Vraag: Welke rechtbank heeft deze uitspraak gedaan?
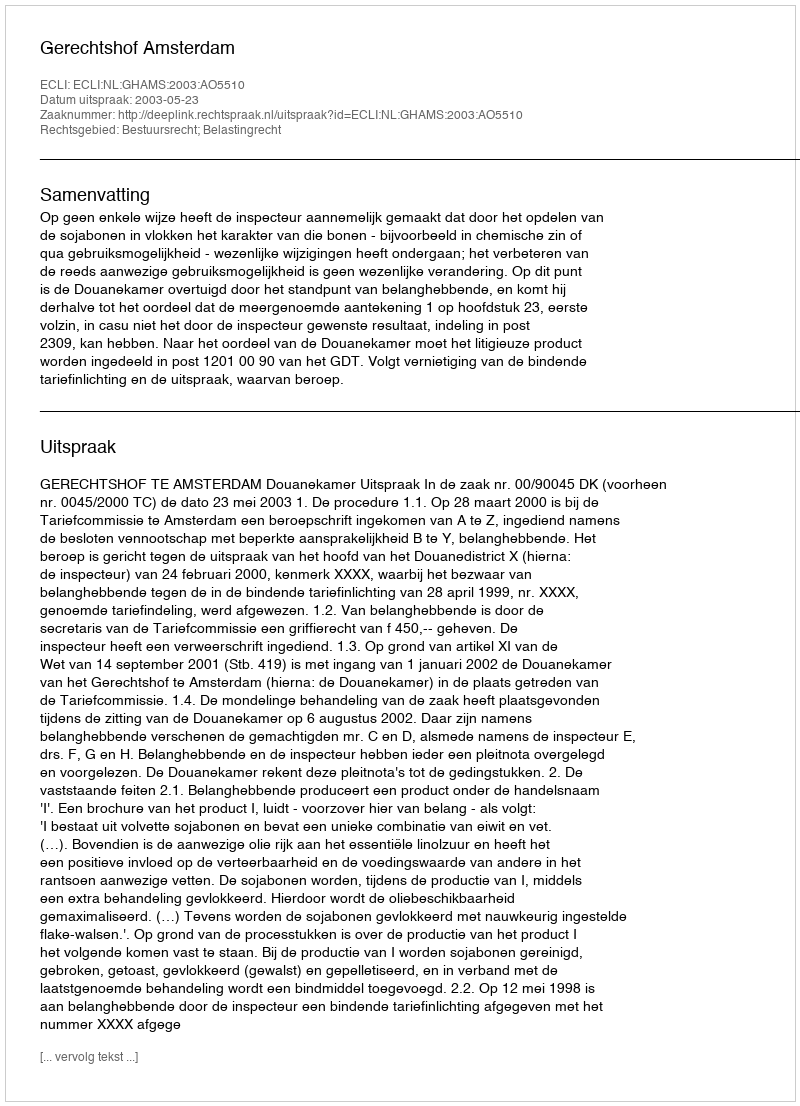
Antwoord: Gerechtshof Amsterdam